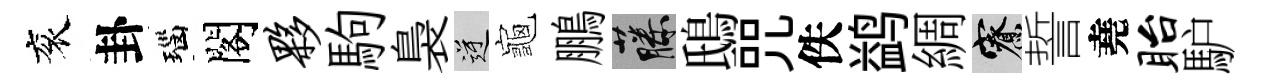
衮卦瑙閣夥駒裊逆龜鵬藤鴟咒佚鹢綢寮誓堯眙馿